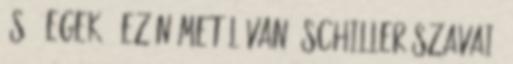
és - egek - ez németül van. Schiller szavai: